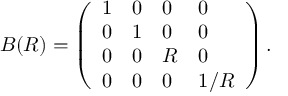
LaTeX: B ( R ) = \left( \begin{array} { l l l l } { { 1 } } & { { 0 } } & { { 0 } } & { { 0 } } \\ { { 0 } } & { { 1 } } & { { 0 } } & { { 0 } } \\ { { 0 } } & { { 0 } } & { { R } } & { { 0 } } \\ { { 0 } } & { { 0 } } & { { 0 } } & { { 1 / R } } \end{array} \right) .